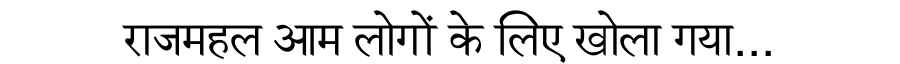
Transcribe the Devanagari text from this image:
राजमहल आम लोगों के लिए खोला गया...